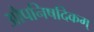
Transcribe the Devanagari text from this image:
औपनिषदिकम्